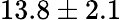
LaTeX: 13.8\pm 2.1